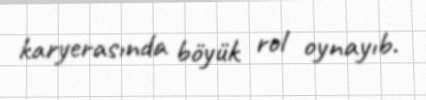
karyerasında böyük rol oynayıb.